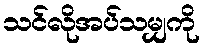
သင်လိုအပ်သမျှကို